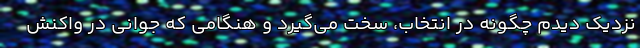
نزدیک دیدم چگونه در انتخاب، سخت می‌گیرد و هنگامی که جوانی در واکنش